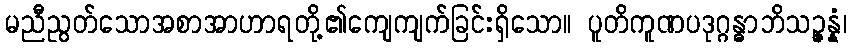
မညီညွတ်သောအစာအာဟာရတို့၏ကျေကျက်ခြင်းရှိသော။ ပူတိကူဏပဒုဂ္ဂန္ဓာဘိသဉ္ဇန္နံ၊